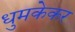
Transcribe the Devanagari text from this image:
धुमकेकर